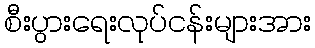
စီးပွားရေးလုပ်ငန်းများအား